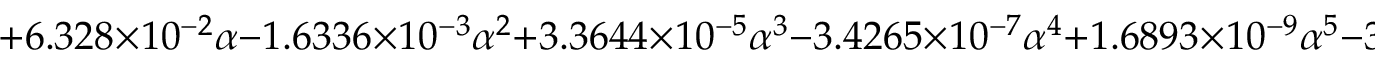
+ 6 . 3 2 8 \times 1 0 ^ { - 2 } \alpha - 1 . 6 3 3 6 \times 1 0 ^ { - 3 } \alpha ^ { 2 } + 3 . 3 6 4 4 \times 1 0 ^ { - 5 } \alpha ^ { 3 } - 3 . 4 2 6 5 \times 1 0 ^ { - 7 } \alpha ^ { 4 } + 1 . 6 8 9 3 \times 1 0 ^ { - 9 } \alpha ^ { 5 } - 3 . 0 3 3 4 \times 1 0 ^ { - 1 2 } \alpha ^ { 6 }